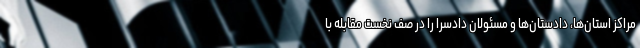
مراکز استان‌ها، دادستان‌ها و مسئولان دادسرا را در صف نخست مقابله با